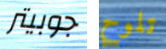
جوبيتر تلوح